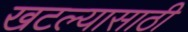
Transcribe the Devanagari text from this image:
खटल्यासाठी